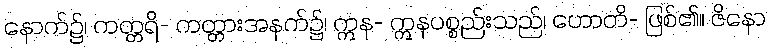
နောက်၌၊ ကတ္တရိ- ကတ္တားအနက်၌၊ ဣန- ဣနပစ္စည်းသည်၊ ဟောတိ- ဖြစ်၏။ ဇိနော